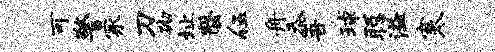
可警冢刀砌址罄伍舟忝吾球聪溢寒